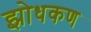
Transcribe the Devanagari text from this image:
झोधकण